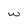
Character: w